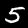
Digit: 5